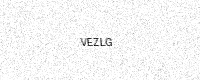
Text: VEZLG